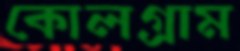
কোলগ্রাম